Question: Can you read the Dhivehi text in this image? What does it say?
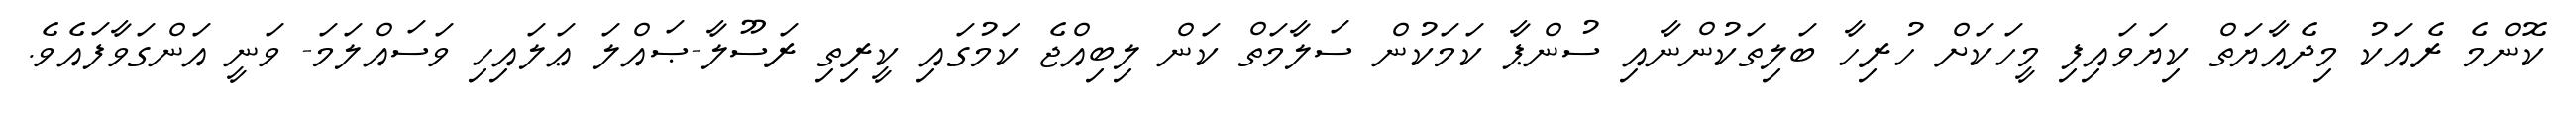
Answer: ކޮންމެ ރެއަކު މިދެއާޔަތް ކިޔަވައިފި މީހަކަށް ހުރިހާ ބަލިތަކުންނާއި ސުންޕާ ކަމަކުން ސަލާމަތް ކަން ލިބިއްޖެ ކަމުގައި ކީރިތި ރަސޫލާ-ޞައްލަ ޢަލައިހި ވަސައްލަމަ- ވަނީ އަންގަވާފައެވެ.